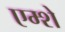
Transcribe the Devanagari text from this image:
एम्शे